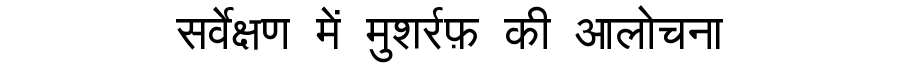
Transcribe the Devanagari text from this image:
सर्वेक्षण में मुशर्रफ़ की आलोचना